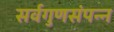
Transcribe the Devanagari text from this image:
सर्वगुणसंपन्‍न